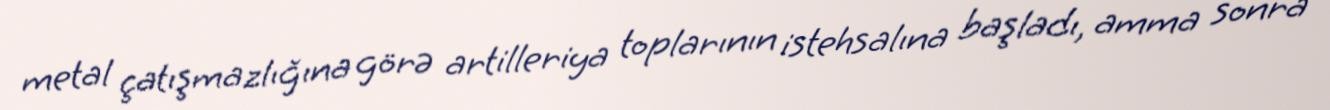
metal çatışmazlığına görə artilleriya toplarının istehsalına başladı, amma sonra